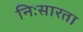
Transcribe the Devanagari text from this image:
निःसारता